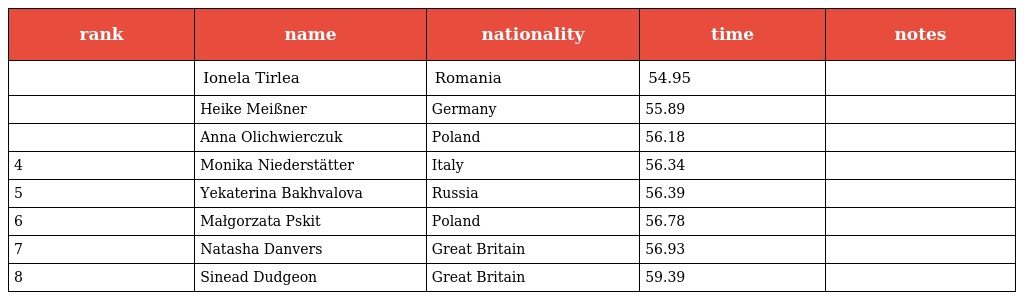
| rank | name | nationality | time | notes |
 | --- | --- | --- | --- | --- |
 |  | Ionela Tirlea | Romania | 54.95 |  |
 |  | Heike Meißner | Germany | 55.89 |  |
 |  | Anna Olichwierczuk | Poland | 56.18 |  |
 | 4 | Monika Niederstätter | Italy | 56.34 |  |
 | 5 | Yekaterina Bakhvalova | Russia | 56.39 |  |
 | 6 | Małgorzata Pskit | Poland | 56.78 |  |
 | 7 | Natasha Danvers | Great Britain | 56.93 |  |
 | 8 | Sinead Dudgeon | Great Britain | 59.39 |  |